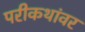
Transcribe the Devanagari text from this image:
परीकथांवर